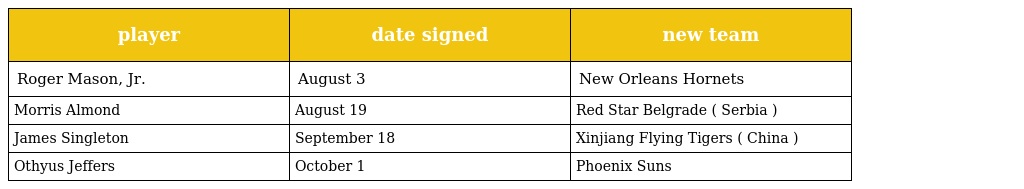
| player | date signed | new team |
 | --- | --- | --- |
 | Roger Mason, Jr. | August 3 | New Orleans Hornets |
 | Morris Almond | August 19 | Red Star Belgrade ( Serbia ) |
 | James Singleton | September 18 | Xinjiang Flying Tigers ( China ) |
 | Othyus Jeffers | October 1 | Phoenix Suns |